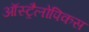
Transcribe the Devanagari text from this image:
ऑस्ट्रैलोपिकस